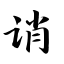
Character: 诮